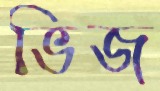
ভিজ